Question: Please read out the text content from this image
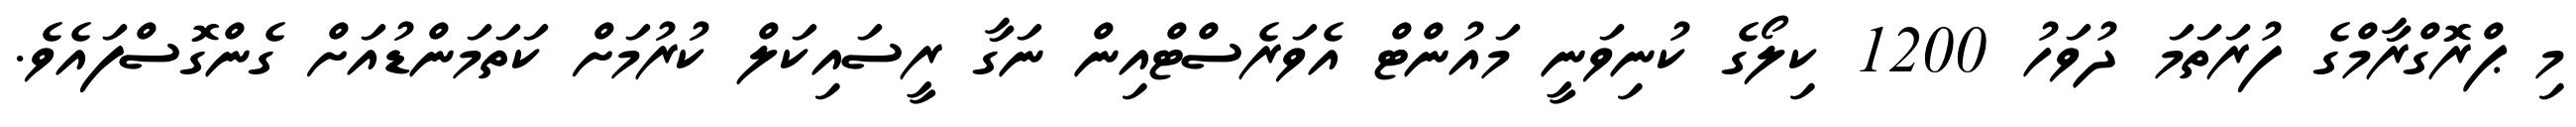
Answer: މި ޕްރޮގްރާމްގެ ފުރަތަމަ ދުވަހު 1200 ކިލޯގެ ކުނިވަނީ މައުންޓް އެވަރެސްޓްއިން ނަގާ ރީސައިކަލް ކުރުމަށް ކަތަމަންޑުއަށް ގެންގޮސްފައެވެ.